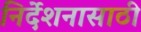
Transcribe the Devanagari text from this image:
निर्देशनासाठी